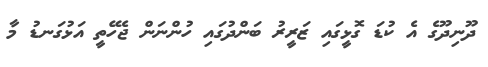
ދޫނިދޫގެ އެ ކުޑަ ގޮޅީގައި ޒަރީރު ބަންދުގައި ހުންނަން ޖެހޭތީ އަޅުގަނޑު މާ